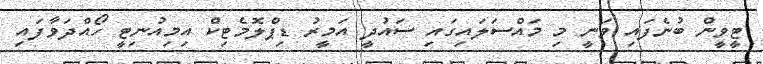
ޓީވީން ބުނެފައި ވަނީ މި މައްސަލައިގައި ސައުދީ އަމީރު ޑިޕްލޮމެޓިކް އިމިއުނިޓީ ހޯއްދަވާފައި